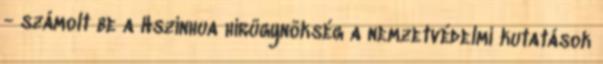
- számolt be a Hszinhua hírügynökség a nemzetvédelmi kutatások